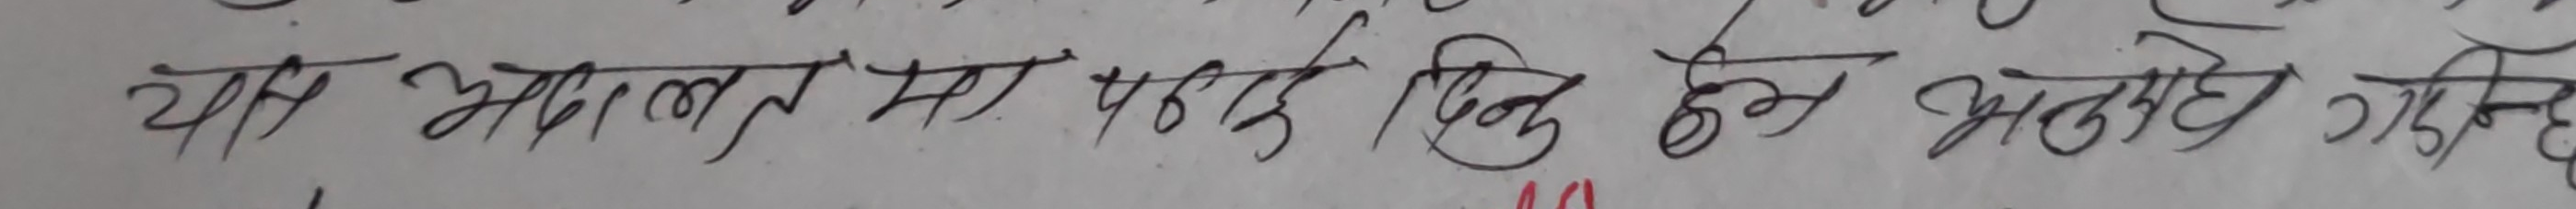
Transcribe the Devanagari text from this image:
यस अदालत मा पठाए दिन हुन आदेश गरिबक्सन्छ